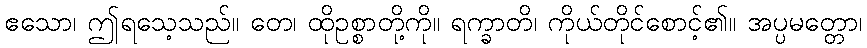
ဧသော၊ ဤရသေ့သည်။ တေ၊ ထိုဥစ္စာတို့ကို။ ရက္ခာတိ၊ ကိုယ်တိုင်စောင့်၏။ အပ္ပမတ္တော၊